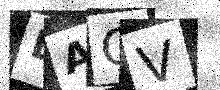
Text: DAGV